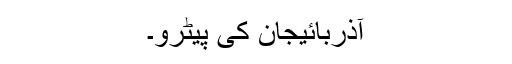
آذربائیجان کی پیٹرو۔